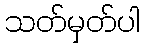
သတ်မှတ်ပါ